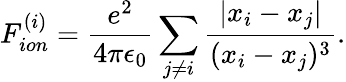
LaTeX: F_{ion}^{(i)}=\frac{e^{2}}{4\pi\epsilon_{0}}\sum_{j\neq i}^{}\frac{|x_{i}-x_{j}|}{(x_{i}-x_{j})^{3}}.